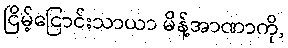
ငြိမ့်ငြောင်းသာယာ မိန့်အာဏာကို,